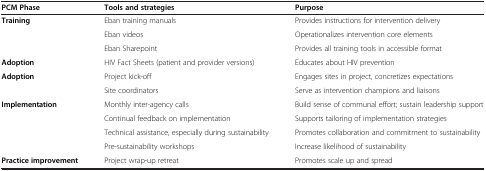
<table><thead><tr><td><b>PCM Phase</b></td><td><b>Tools and strategies</b></td><td><b>Purpose</b></td></tr></thead><tbody><tr><td rowspan="3"><b>Training</b></td><td>Eban training manuals</td><td>Provides instructions for intervention delivery</td></tr><tr><td>Eban videos</td><td>Operationalizes intervention core elements</td></tr><tr><td>Eban Sharepoint</td><td>Provides all training tools in accessible format</td></tr><tr><td><b>Adoption</b></td><td>HIV Fact Sheets (patient and provider versions)</td><td>Educates about HIV prevention</td></tr><tr><td rowspan="2"><b>Adoption</b></td><td>Project kick-off</td><td>Engages sites in project, concretizes expectations</td></tr><tr><td>Site coordinators</td><td>Serve as intervention champions and liaisons</td></tr><tr><td rowspan="4"><b>Implementation</b></td><td>Monthly inter-agency calls</td><td>Build sense of communal effort; sustain leadership support</td></tr><tr><td>Continual feedback on implementation</td><td>Supports tailoring of implementation strategies</td></tr><tr><td>Technical assistance, especially during sustainability</td><td>Promotes collaboration and commitment to sustainability</td></tr><tr><td>Pre-sustainability workshops</td><td>Increase likelihood of sustainability</td></tr><tr><td><b>Practice improvement</b></td><td>Project wrap-up retreat</td><td>Promotes scale up and spread</td></tr></tbody></table>